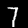
Label: 7